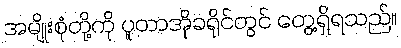
အမျိုးစုံတို့ကို ပူတာအိုခရိုင်တွင် တွေ့ရှိရသည်။